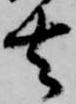
去